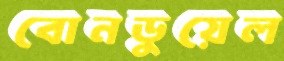
বোনডুয়েল